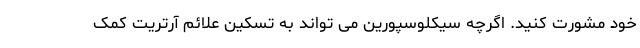
خود مشورت کنید. اگرچه سیکلوسپورین می تواند به تسکین علائم آرتریت کمک